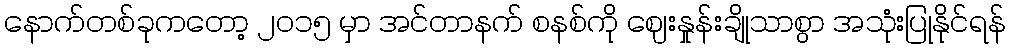
နောက်တစ်ခုကတော့ ၂၀၁၅ မှာ အင်တာနက် စနစ်ကို ဈေးနှုန်းချိုသာစွာ အသုံးပြုနိုင်ရန်